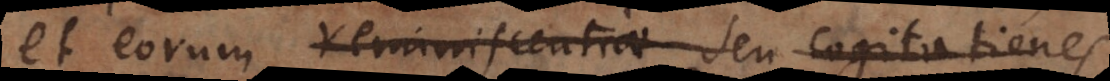
et eorum reminiscentiae seu cogitationes